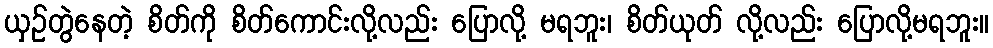
ယှဉ်တွဲနေတဲ့ စိတ်ကို စိတ်ကောင်းလို့လည်း ပြောလို့ မရဘူး၊ စိတ်ယုတ် လို့လည်း ပြောလို့မရဘူး။